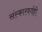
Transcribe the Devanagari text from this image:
संस्कारवर्गही